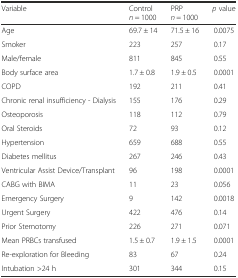
| Variable | Control n = 1000 | PRP n = 1000 | p value |
 | --- | --- | --- | --- |
 | Age | 69.7 ± 14 | 71.5 ± 16 | 0.0075 |
 | Smoker | 223 | 257 | 0.17 |
 | Male/female | 811 | 845 | 0.55 |
 | Body surface area | 1.7 ± 0.8 | 1.9 ± 0.5 | 0.0001 |
 | COPD | 192 | 211 | 0.41 |
 | Chronic renal insufficiency - Dialysis | 155 | 176 | 0.29 |
 | Osteoporosis | 118 | 112 | 0.79 |
 | Oral Steroids | 72 | 93 | 0.12 |
 | Hypertension | 659 | 688 | 0.55 |
 | Diabetes mellitus | 267 | 246 | 0.43 |
 | Ventricular Assist Device/Transplant | 96 | 198 | 0.0001 |
 | CABG with BIMA | 11 | 23 | 0.056 |
 | Emergency Surgery | 9 | 142 | 0.0018 |
 | Urgent Surgery | 422 | 476 | 0.14 |
 | Prior Sternotomy | 226 | 271 | 0.071 |
 | Mean PRBCs transfused | 1.5 ± 0.7 | 1.9 ± 1.5 | 0.0001 |
 | Re-exploration for Bleeding | 83 | 67 | 0.24 |
 | Intubation >24 h | 301 | 344 | 0.15 |